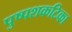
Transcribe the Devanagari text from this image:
पुष्पशकटिका